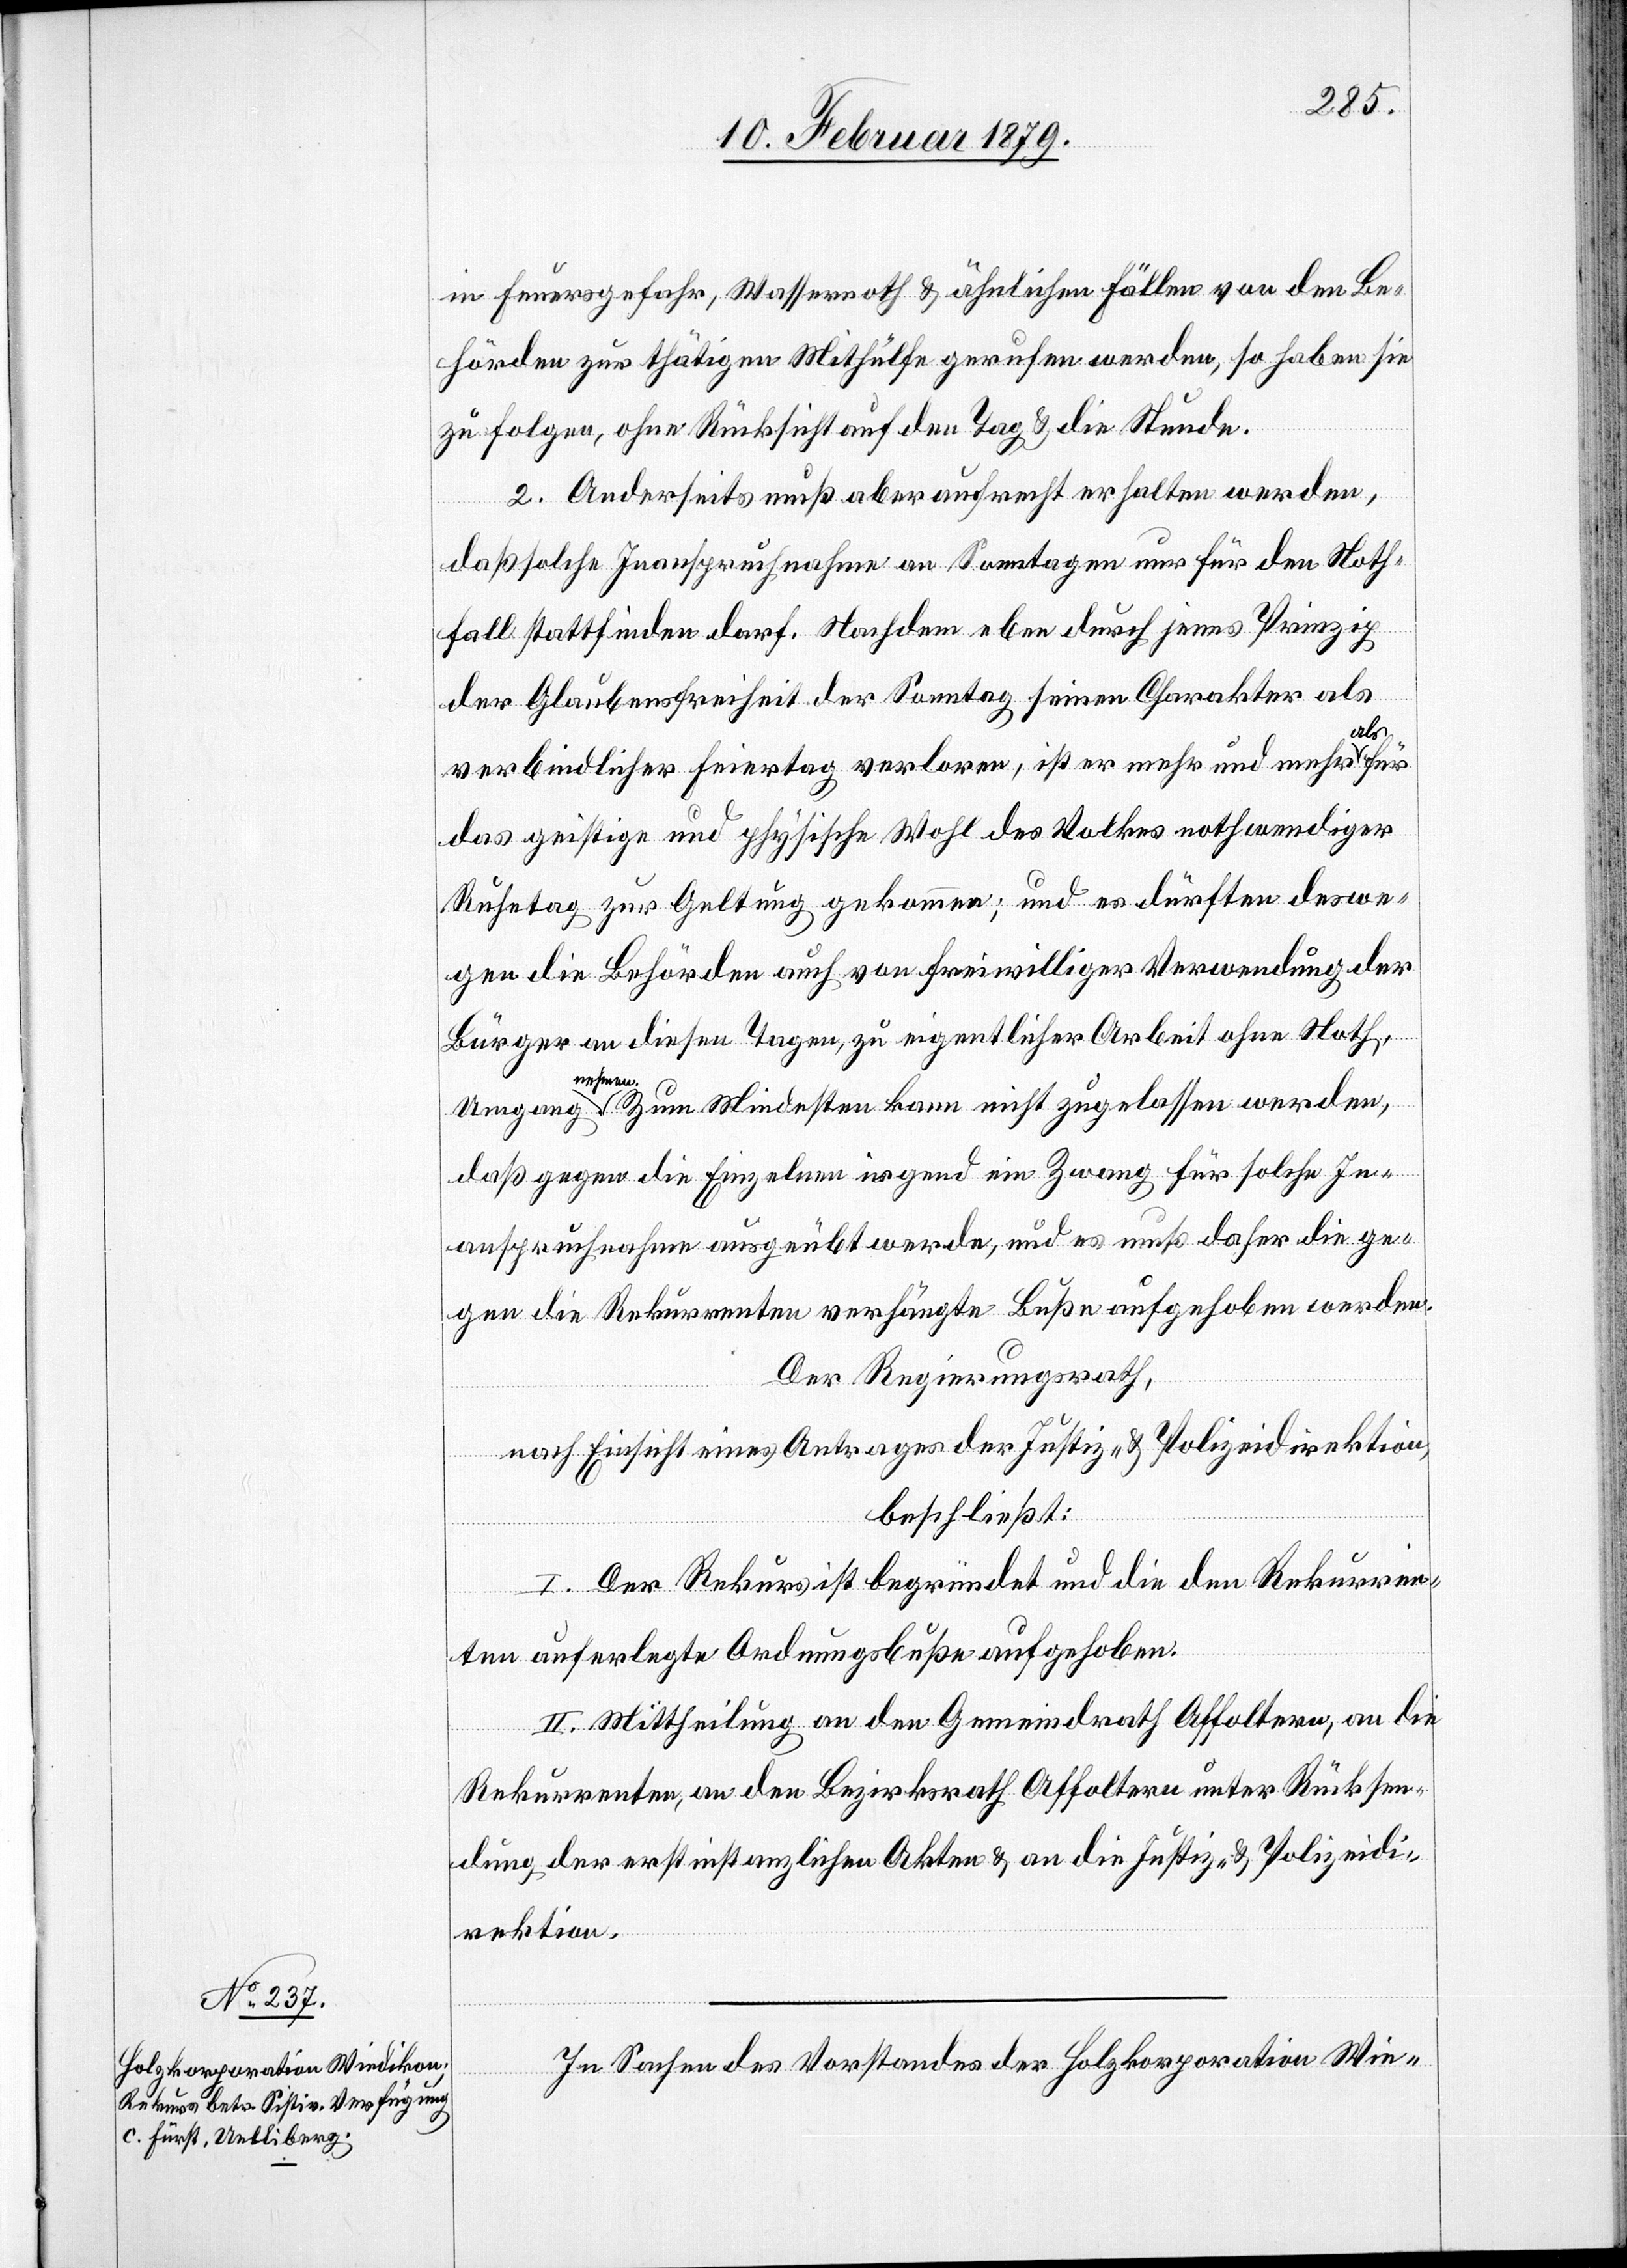
Umgang
in Feuersgefahr, Wassernoth & ähnlichen Fällen von den Be¬
hörden zur thätigen Mithülfe gerufen werden, so haben sie
zu folgen, ohne Rücksicht auf den Tag & die Stunde.
2. Anderseits muß aber aufrecht erhalten werden,
daß solche Inanspruchnahme an Sonntagen nur für den Noth¬
fall stattfinden darf. Nachdem eben durch jenes Prinzip
der Glaubensfreiheit der Sonntag seinen Charakter als
als
verbindlicher Feiertag verloren, ist er mehr und mehr a-a¬
das geistige und physische Wohl des Volkes nothwendiger
Ruhetag zur Geltung gekommen; und es dürften deswe¬
gen die Behörden auch von freiwilliger Verwendung der
Bürger an diesen Tagen, zu eigentlicher Arbeit ohne Noth,
für
en-a. Zum mindesten kann nicht zugelassen werden,
daß gegen die Einzelnen irgend ein Zwang für solche In¬
anspruchnahme ausgeübt werde, und es muß daher die ge¬
gen die Rekurrenten verfügte Buße aufgehoben werden.
Der Regierungsrath,
nach Einsicht eines Antrages der Justiz- & Polizeidirektion,
beschließt:
I. Der Rekurs ist begründet und die den Rekurriren¬
a-nehm¬
den auferlegte Ordnungsbuße aufgehoben.
II. Mittheilung an den Gemeindrath Affoltern, an die
Rekurrenten, an den Bezirksrath Affoltern unter Rücksen¬
dung der erstinstanzlichen Akten & an die Justiz- & Polizeidi¬
rektion.
In Sachen des Vorstandes der Holzkorporation Wie-